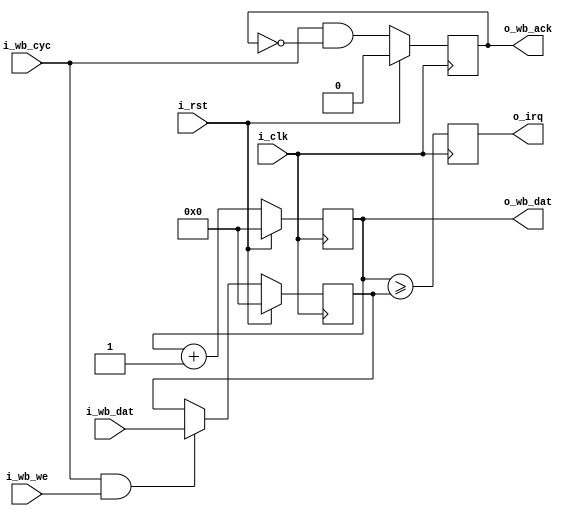
/*
ISC License

Copyright 2019, Olof Kindgren

Permission to use, copy, modify, and/or distribute this software for any purpose with or without fee is hereby granted, provided that the above copyright notice and this permission notice appear in all copies.

THE SOFTWARE IS PROVIDED "AS IS" AND THE AUTHOR DISCLAIMS ALL WARRANTIES WITH REGARD TO THIS SOFTWARE INCLUDING ALL IMPLIED WARRANTIES OF MERCHANTABILITY AND FITNESS. IN NO EVENT SHALL THE AUTHOR BE LIABLE FOR ANY SPECIAL, DIRECT, INDIRECT, OR CONSEQUENTIAL DAMAGES OR ANY DAMAGES WHATSOEVER RESULTING FROM LOSS OF USE, DATA OR PROFITS, WHETHER IN AN ACTION OF CONTRACT, NEGLIGENCE OR OTHER TORTIOUS ACTION, ARISING OUT OF OR IN CONNECTION WITH THE USE OR PERFORMANCE OF THIS SOFTWARE.

*/
`default_nettype none
module servant_timer
  #(parameter WIDTH = 32,
    parameter DIVIDER = 0)
  (input wire 	     i_clk,
   input wire 	     i_rst,
   output reg 	     o_irq,
   input wire [31:0] i_wb_dat,
   input wire 	     i_wb_we,
   input wire 	     i_wb_cyc,
   output reg       o_wb_ack,
   output reg [31:0] o_wb_dat);

    always@(posedge i_clk) begin
        o_wb_ack <= i_wb_cyc & !o_wb_ack;
        if (i_rst) begin
            o_wb_ack <= 1'b0;
        end
    end
   localparam HIGH = WIDTH-1-DIVIDER;

   reg [WIDTH-1:0]   mtime;
   reg [HIGH:0]      mtimecmp;

   wire [HIGH:0]     mtimeslice = mtime[WIDTH-1:DIVIDER];

   always @(mtimeslice) begin
      o_wb_dat = 32'd0;
      o_wb_dat[HIGH:0] = mtimeslice;
   end

    always @(posedge i_clk) begin
        if (i_wb_cyc & i_wb_we)
            mtimecmp <= i_wb_dat[HIGH:0];
        mtime <= mtime + 'd1;
        o_irq <= (mtimeslice >= mtimecmp);
        if (i_rst) begin
            mtime <= 0;
            mtimecmp <= 0;
        end
    end
endmodule